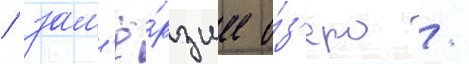
/ зам'ё́рзшее о́з'еро /